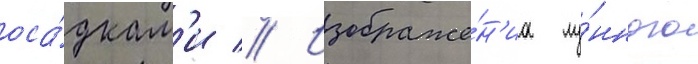
оса́дкам'и // Изображе́н'иа лу́нного